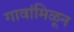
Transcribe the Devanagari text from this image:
गावांमिळून